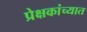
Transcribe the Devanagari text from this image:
प्रेक्षकांच्यात